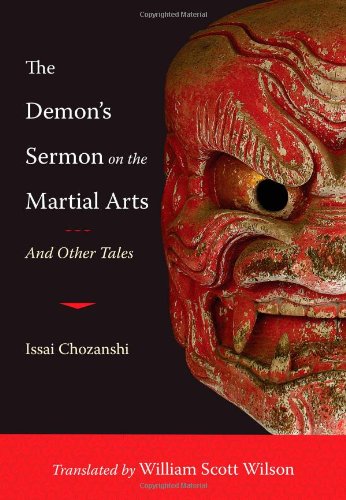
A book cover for The Demon's Sermon on the Martial Arts: And Other Tales; William Scott Wilson; Sports & Outdoors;